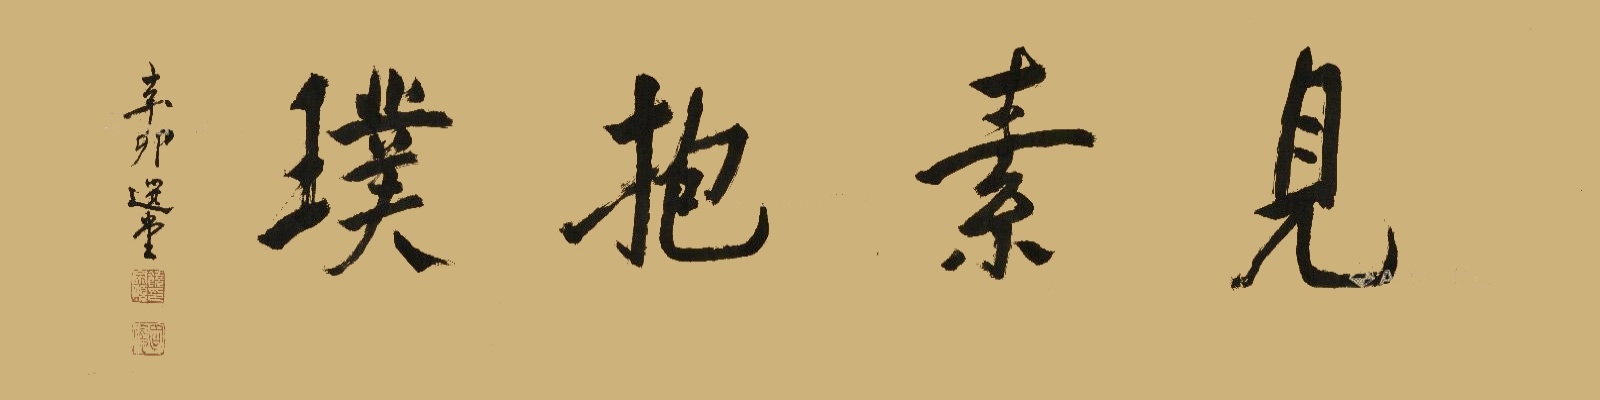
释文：见素抱璞辛卯，选堂。